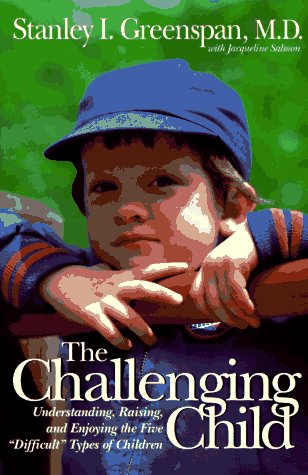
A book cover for The Challenging Child: Understanding, Raising, And Enjoying The Five "Difficult" Types Of Children; Stanley I. Greenspan; Parenting & Relationships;